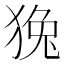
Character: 𤟛